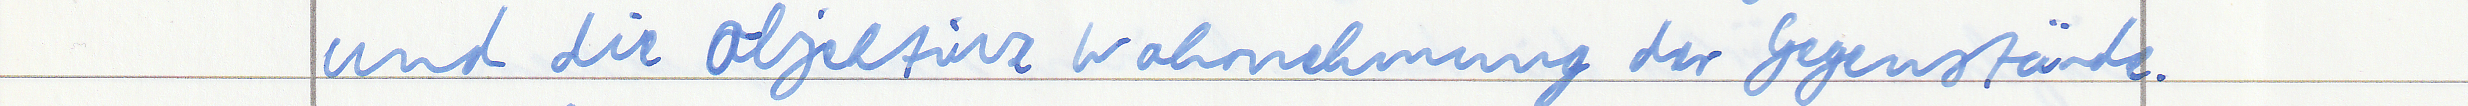
und die objektive Wahrnehmung der Gegenstände.